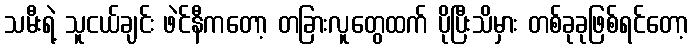
သမီးရဲ့ သူငယ်ချင်း ဖဲင်နီကတော့ တခြားလူတွေထက် ပိုပြီးသိမှား တစ်ခုခုဖြစ်ရင်တော့